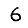
Digit: 6